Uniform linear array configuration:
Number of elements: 48
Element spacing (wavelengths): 1
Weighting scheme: blackman
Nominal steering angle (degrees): -30
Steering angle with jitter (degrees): -29.353
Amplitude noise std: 0.05
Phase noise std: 0.05

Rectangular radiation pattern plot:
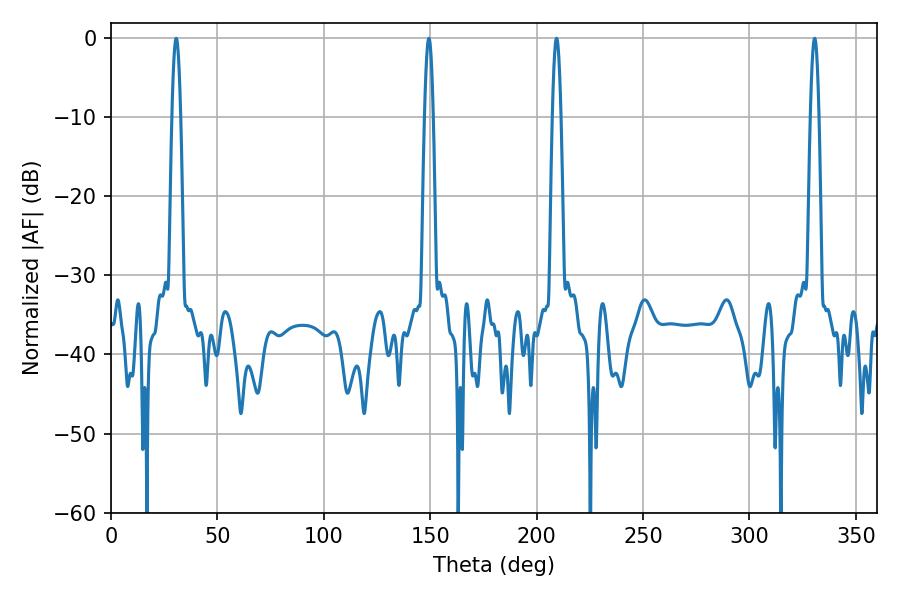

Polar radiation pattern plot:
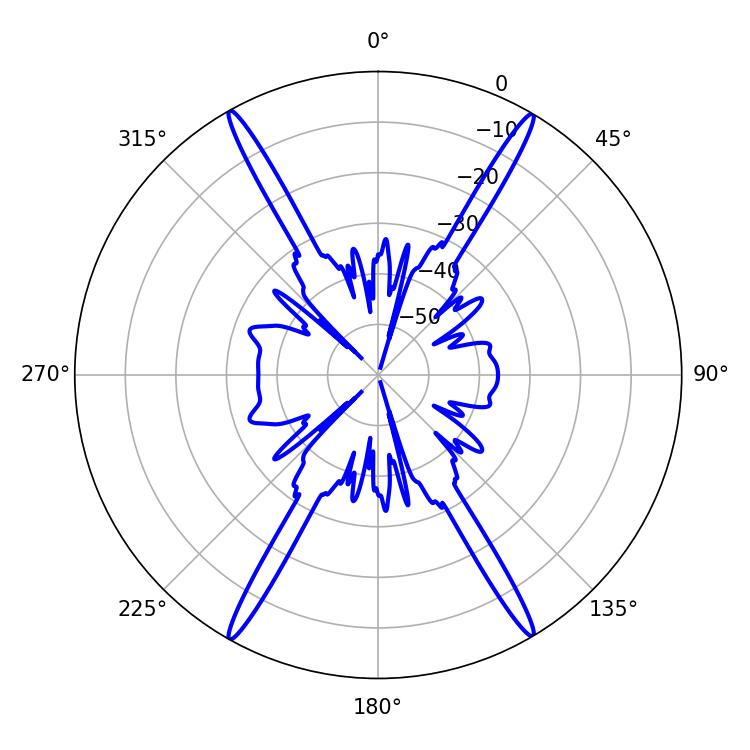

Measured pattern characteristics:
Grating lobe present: TRUE
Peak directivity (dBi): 29.821
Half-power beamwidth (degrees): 2.16
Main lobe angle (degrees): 209.34